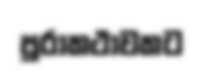
පුරාකථාවකට